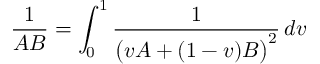
{ \frac { 1 } { A B } } = \int _ { 0 } ^ { 1 } { \frac { 1 } { { \big ( } v A + ( 1 - v ) B { \big ) } ^ { 2 } } } \, d v